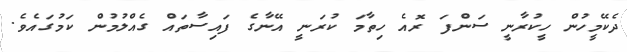
ދެކޭމީހުން ހީކުރާނީ ސަންފަ ރޮއެ ހިތާމަ ކުރަނީ އޭނާގެ ފައިސާތައް ގެއްލުމުން ކަމުގައެވެ.